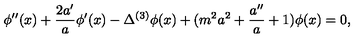
\phi ^ { \prime \prime } ( x ) + \frac { 2 a ^ { \prime } } { a } \phi ^ { \prime } ( x ) - \Delta ^ { ( 3 ) } \phi ( x ) + ( m ^ { 2 } a ^ { 2 } + \frac { a ^ { \prime \prime } } { a } + 1 ) \phi ( x ) = 0 ,